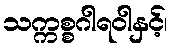
သက္ကစ္စဂါရဝါနှင့်၊